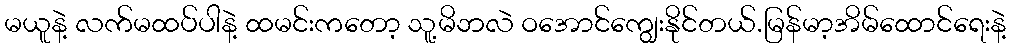
မယူနဲ့ လက်မထပ်ပါနဲ့ ထမင်းကတော့ သူ့မိဘလဲ ဝအောင်ကျွေးနိုင်တယ်.မြန်မာ့အိမ်ထောင်ရေးနဲ့